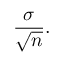
{ \frac { \sigma } { \sqrt { n } } } .